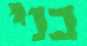
בני